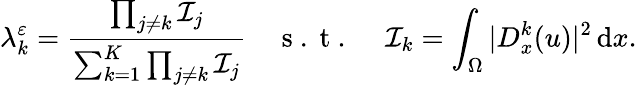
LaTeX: \lambda_{k}^{\varepsilon}=\frac{\prod_{j\neq k}\mathcal{I}_{j}}{\sum_{k=1}^{K}\prod_{j\neq k}\mathcal{I}_{j}}\quad\mathrm{~s~.~t~.~~~~~}\mathcal{I}_{k}=\int_{\Omega}|D_{x}^{k}(u)|^{2}\, \mathrm{d}x.